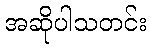
အဆိုပါသတင်း